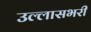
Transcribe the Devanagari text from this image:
उल्लासभरी